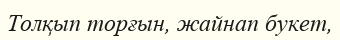
Толқып торғын, жайнап букет,